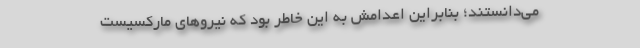
می‌دانستند؛ بنابراین اعدامش به این خاطر بود كه نیرو‌های ماركسیست